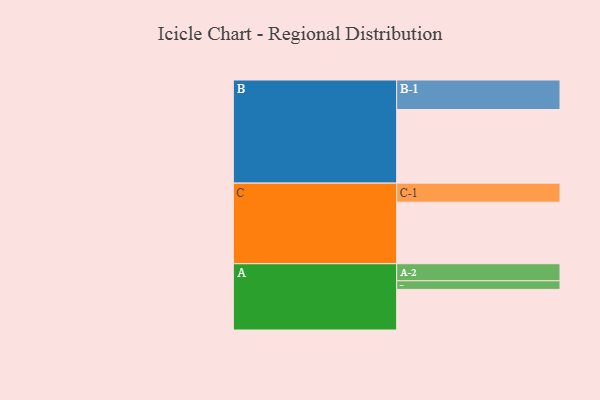
{"axis": {"x": "Segment", "y": "Value"}, "legend": ["", "A", "B", "C"], "data": [{"x": "A", "y": 326, "type": ""}, {"x": "B", "y": 591, "type": ""}, {"x": "C", "y": 494, "type": ""}, {"x": "A-1", "y": 69, "type": "A"}, {"x": "A-2", "y": 137, "type": "A"}, {"x": "B-1", "y": 237, "type": "B"}, {"x": "C-1", "y": 153, "type": "C"}]}